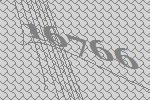
16766